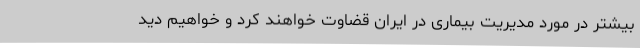
بیشتر در مورد مدیریت بیماری در ایران قضاوت خواهند کرد و خواهیم دید